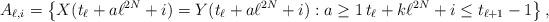
LaTeX: \begin{align*}A_{\ell,i}=\left\{ X(t_{\ell}+ a \ell^{2N} +i) =Y(t_{\ell}+ a\ell^{2N} +i): a\geq 1\, t_{\ell}+ k \ell^{2N} +i\leq t_{\ell+1}-1 \right\},\end{align*}